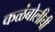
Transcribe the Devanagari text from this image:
कळंबोलीची